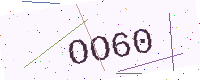
Text: OO60